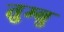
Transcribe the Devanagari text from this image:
तुम्बु